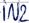
Text: IN2